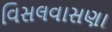
વિસલવાસણા